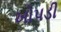
ખોપડી